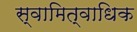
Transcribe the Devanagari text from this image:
स्वामित्वाधिक